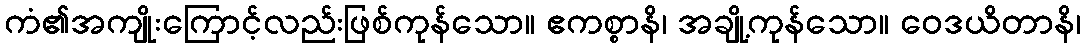
ကံ၏အကျိုးကြောင့်လည်းဖြစ်ကုန်သော။ ဧကစ္စာနိ၊ အချို့ကုန်သော။ ဝေဒယိတာနိ၊